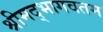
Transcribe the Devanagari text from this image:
श्रीमद्भागवतम